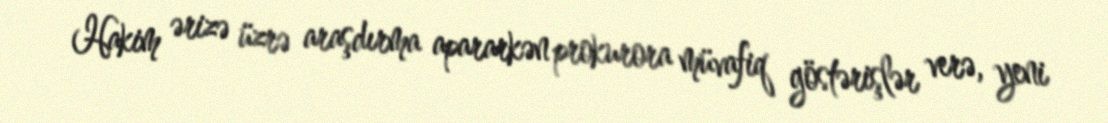
Hakim ərizə üzrə araşdırma apararkən prokurora müvafiq göstərişlər verə, yeni